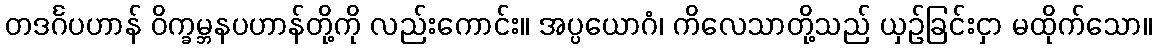
တဒင်္ဂပဟာန် ဝိက္ခမ္ဘနပဟာန်တို့ကို လည်းကောင်း။ အပ္ပယောဂံ၊ ကိလေသာတို့သည် ယှဉ်ခြင်းငှာ မထိုက်သော။